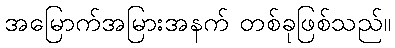
အမြောက်အမြားအနက် တစ်ခုဖြစ်သည်။